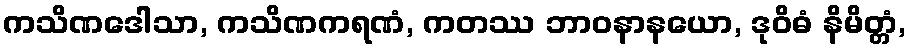
ကသိဏဒေါသာ, ကသိဏကရဏံ, ကတဿ ဘာဝနာနယော, ဒုဝိဓံ နိမိတ္တံ,